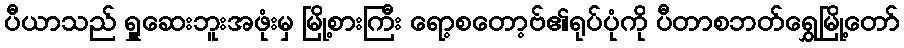
ပီယာသည် ရှူဆေးဘူးအဖုံးမှ မြို့စားကြီး ရော့စတော့ဗ်၏ရုပ်ပုံကို ပီတာစဘတ်ရွှေမြို့တော်